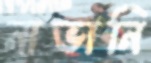
নাভানি